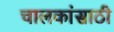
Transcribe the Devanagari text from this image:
चालकांसाठी